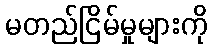
မတည်ငြိမ်မှုများကို